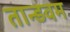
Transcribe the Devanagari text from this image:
तान्डवम